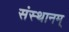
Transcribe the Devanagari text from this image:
संस्थानम्